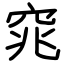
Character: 窕